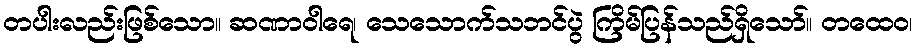
တပါးလည်းဖြစ်သော။ ဆဏာဝါရေ၊ သေသောက်သဘင်ပွဲ ကြိမ်ပြန်သည်ရှိသော်။ တထေဝ၊